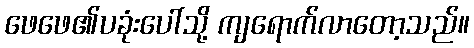
ဖေဖေ၏ပခုံးပေါ်သို့ ကျရောက်လာတော့သည်။